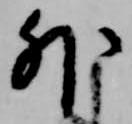
外